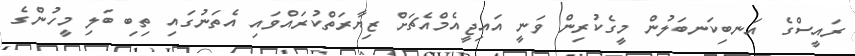
ރައީސްގެ އަނބިކަނބަލުން މީގެކުރިން ވަނީ އައިޖީއެމްއެޗަށް ޒިޔާރަތްކުރައްވައި އެތަނުގައި ތިބި ބަލި މީހުންގެ